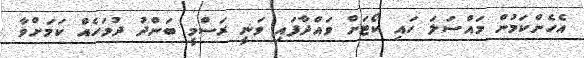
އެހެންކަމުން މައްސަލަ ހައި ކޯޓަށް ވައްދާފައި ވަނީ ރަސްމީ ބަންދު ދުވަހެއް ކަމަށްވާ